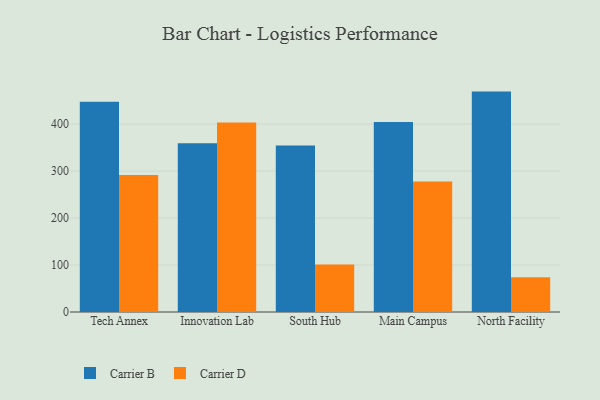
{"axis": {"x": "Campus", "y": "Customer Acquisition Cost (USD)"}, "legend": ["Carrier B", "Carrier D"], "data": [{"x": "Tech Annex", "y": 447.3, "type": "Carrier B"}, {"x": "Tech Annex", "y": 291.6, "type": "Carrier D"}, {"x": "Innovation Lab", "y": 359.3, "type": "Carrier B"}, {"x": "Innovation Lab", "y": 403.1, "type": "Carrier D"}, {"x": "South Hub", "y": 354.3, "type": "Carrier B"}, {"x": "South Hub", "y": 101.2, "type": "Carrier D"}, {"x": "Main Campus", "y": 404.2, "type": "Carrier B"}, {"x": "Main Campus", "y": 277.6, "type": "Carrier D"}, {"x": "North Facility", "y": 469.1, "type": "Carrier B"}, {"x": "North Facility", "y": 74.2, "type": "Carrier D"}]}